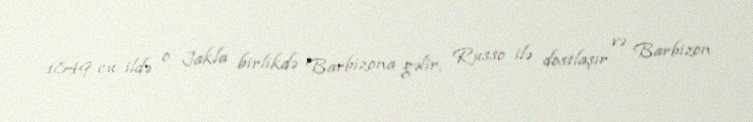
1849-cu ildə o Jakla birlikdə Barbizona gəlir, Russo ilə dostlaşır və Barbizon